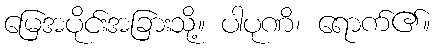
မြေအပိုင်းအခြားသို့။ ပါပုဏိ၊ ရောက်၏။